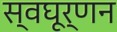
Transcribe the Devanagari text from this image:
स्वघूर्णन